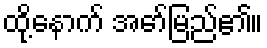
ထို့နောက် အော်မြည်၏။